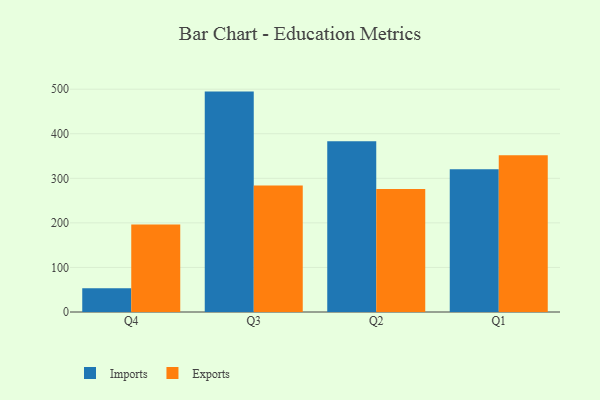
{"axis": {"x": "Quarter", "y": "Energy Usage (MWh)"}, "legend": ["Exports", "Imports"], "data": [{"x": "Q4", "y": 53.2, "type": "Imports"}, {"x": "Q4", "y": 196.5, "type": "Exports"}, {"x": "Q3", "y": 494.6, "type": "Imports"}, {"x": "Q3", "y": 283.7, "type": "Exports"}, {"x": "Q2", "y": 383.2, "type": "Imports"}, {"x": "Q2", "y": 276.2, "type": "Exports"}, {"x": "Q1", "y": 320.5, "type": "Imports"}, {"x": "Q1", "y": 351.8, "type": "Exports"}]}